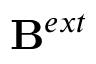
\mathbf { B } ^ { e x t }